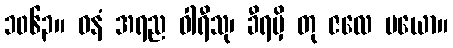
၁၀၆၃။ ဝနံ အရည ဝါရီသု၊ ခီရမှိ တု ဇလေ ပယော။